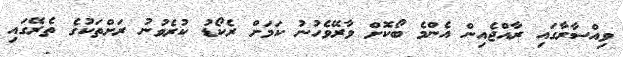
ވިއްސާރާގައި ރާއްޖެއިން އެންމެ ބޯކޮށް ވާރޭވެހުނު ކަމަށް ރެކޯޑު ކުރެވުނު ރަށްތަކުގެ ތެރޭގައި